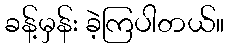
ခန့်မှန်း ခဲ့ကြပါတယ်။